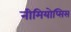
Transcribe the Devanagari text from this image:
नीमियोप्सिस